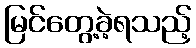
မြင်တွေ့ခဲ့ရသည့်